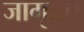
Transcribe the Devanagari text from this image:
जागृतच